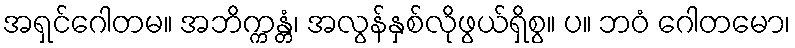
အရှင်ဂေါတမ။ အဘိက္ကန္တံ၊ အလွန်နှစ်လိုဖွယ်ရှိစွ။ ပ။ ဘဝံ ဂေါတမော၊